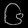
Digit: ၆